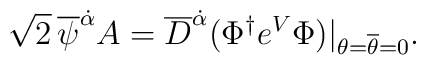
\sqrt{2}\,\overline\psi^{\dot\alpha}A   =\overline D^{\dot\alpha}   (\Phi^\dagger e^V\Phi)\bigr|_{\theta=\overline\theta=0}.